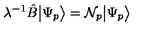
\lambda ^ { - 1 } \hat { B } \big | \Psi _ { p } \big > = { \cal N } _ { p } \big | \Psi _ { p } \big > \,